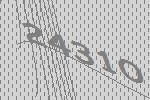
24310